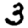
Digit: 3